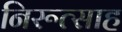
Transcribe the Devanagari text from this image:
निरूत्साह